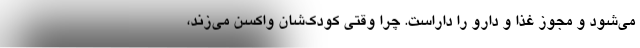
می‌شود و مجوز غذا و دارو را داراست. چرا وقتی کودک‌شان واکسن می‌زند،